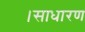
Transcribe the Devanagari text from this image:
।साधारण